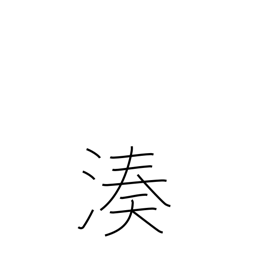
Meaning: port